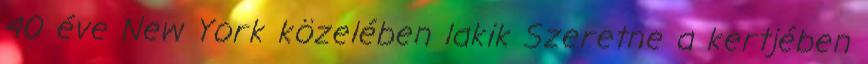
40 éve New York közelében lakik Szeretne a kertjében